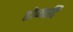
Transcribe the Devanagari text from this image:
होमादि